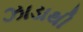
ઝાડાથી